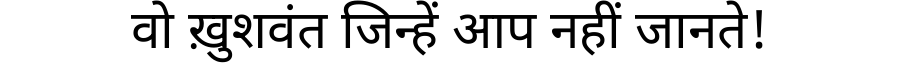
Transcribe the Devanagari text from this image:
वो ख़ुशवंत जिन्हें आप नहीं जानते!